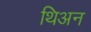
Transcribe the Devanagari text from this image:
थिअन